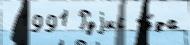
 1991 Руjис чу́да